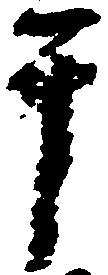
テ